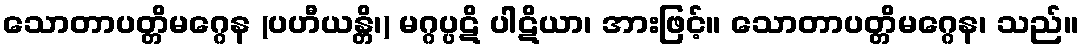
သောတာပတ္တိမဂ္ဂေန (ပဟီယန္တိ၊) မဂ္ဂပ္ပဋိ ပါဋိယာ၊ အားဖြင့်။ သောတာပတ္တိမဂ္ဂေန၊ သည်။